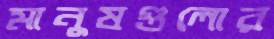
মানুষগুলোর